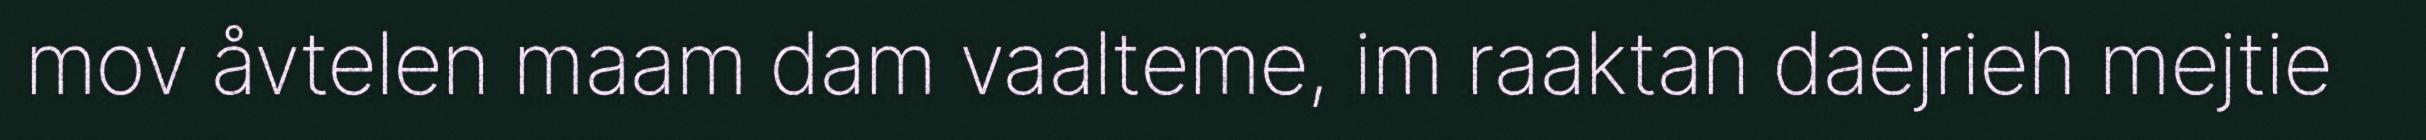
mov åvtelen maam dam vaalteme, im raaktan daejrieh mejtie